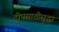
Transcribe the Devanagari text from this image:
ट्रीपसाठीसुद्धा